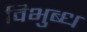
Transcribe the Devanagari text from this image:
विभुब्ध